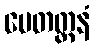
ပေတတ္တနံ